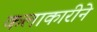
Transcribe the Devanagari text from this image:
कलाकारीने